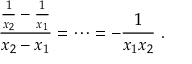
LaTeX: { \frac { { \frac { 1 } { x _ { 2 } } } - { \frac { 1 } { x _ { 1 } } } } { x _ { 2 } - x _ { 1 } } } = \cdots = - { \frac { 1 } { x _ { 1 } x _ { 2 } } } \ .